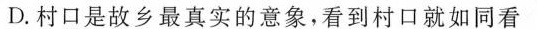
D.村口是故乡最真实的意象，看到村口就如同看